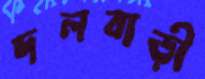
দলবাড়ী